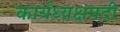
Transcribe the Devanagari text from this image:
कार्यध्यक्षपदी